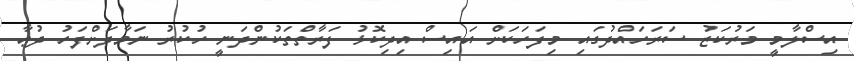
އިސްލާމީ މަރުކަޒު ސަރަހައްދުގައި މިފަހަކަށް އައިސް އިދިކޮޅު ފަރާތްތަކުންދަނީ ހުކުރު ނަމާދަށްފަހު ދުޢާ